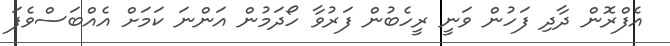
އެފްރޮން ދާދި ފަހުން ވަނީ ރީހެބުން ފަރުވާ ހޯދަމުން އަންނަ ކަމަށް އެއްބަސްވެފަ